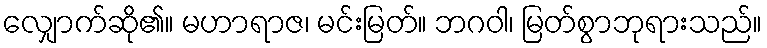
လျှောက်ဆို၏။ မဟာရာဇ၊ မင်းမြတ်။ ဘဂဝါ၊ မြတ်စွာဘုရားသည်။